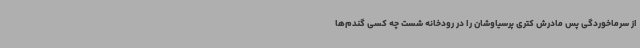
از سرماخوردگی پس مادرش کتری پرسیاوشان را در رودخانه شست چه کسی گندم‌ها